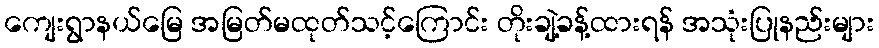
ကျေးရွာနယ်မြေ အမြတ်မထုတ်သင့်ကြောင်း တိုးချဲ့ခန့်ထားရန် အသုံးပြုနည်းများ